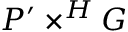
P ^ { \prime } \times ^ { H } G